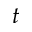
t